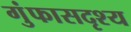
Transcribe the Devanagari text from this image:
गुंफासदृश्य